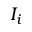
I _ { i }